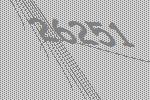
26251